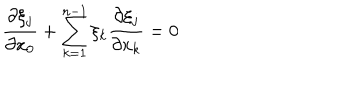
\frac { \partial \xi _ { j } } { \partial x _ { 0 } } + \sum _ { k = 1 } ^ { n - 1 } \xi _ { k } \frac { \partial \xi _ { j } } { \partial x _ { k } } = 0